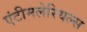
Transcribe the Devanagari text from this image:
एंटीमलेरियल्स